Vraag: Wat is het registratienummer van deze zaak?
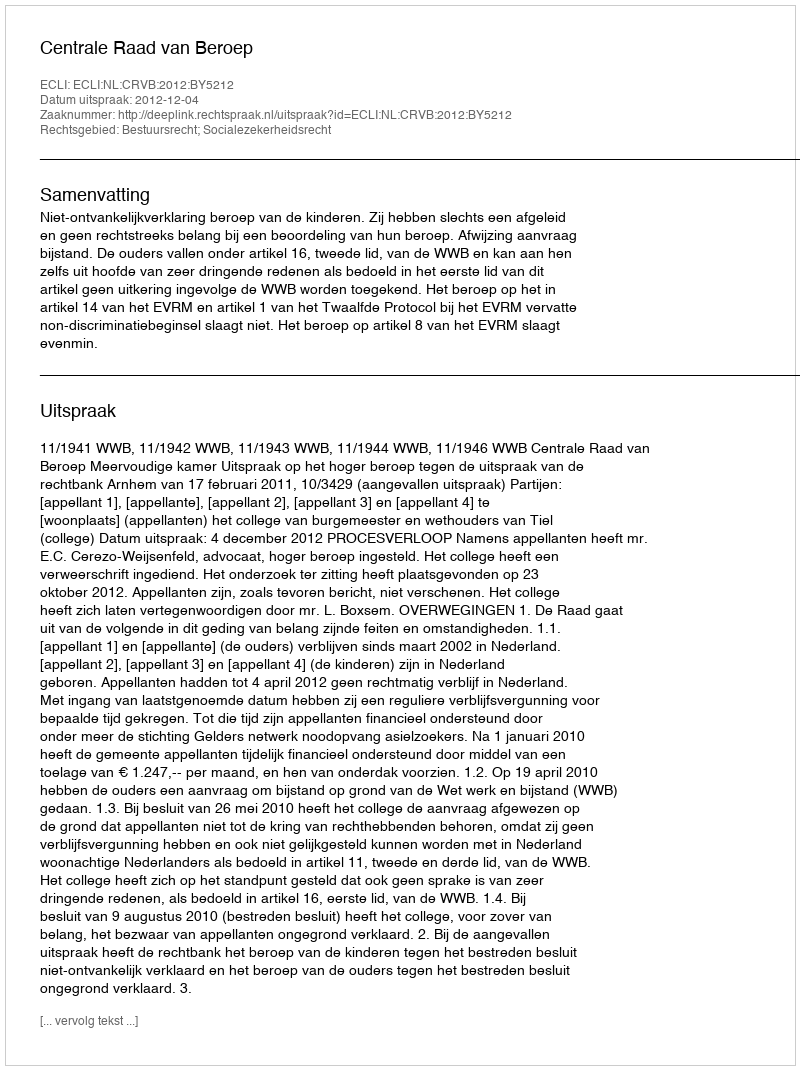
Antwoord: http://deeplink.rechtspraak.nl/uitspraak?id=ECLI:NL:CRVB:2012:BY5212